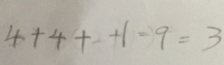
4 + 4 + + 1 = 9 = 3